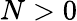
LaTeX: N>0